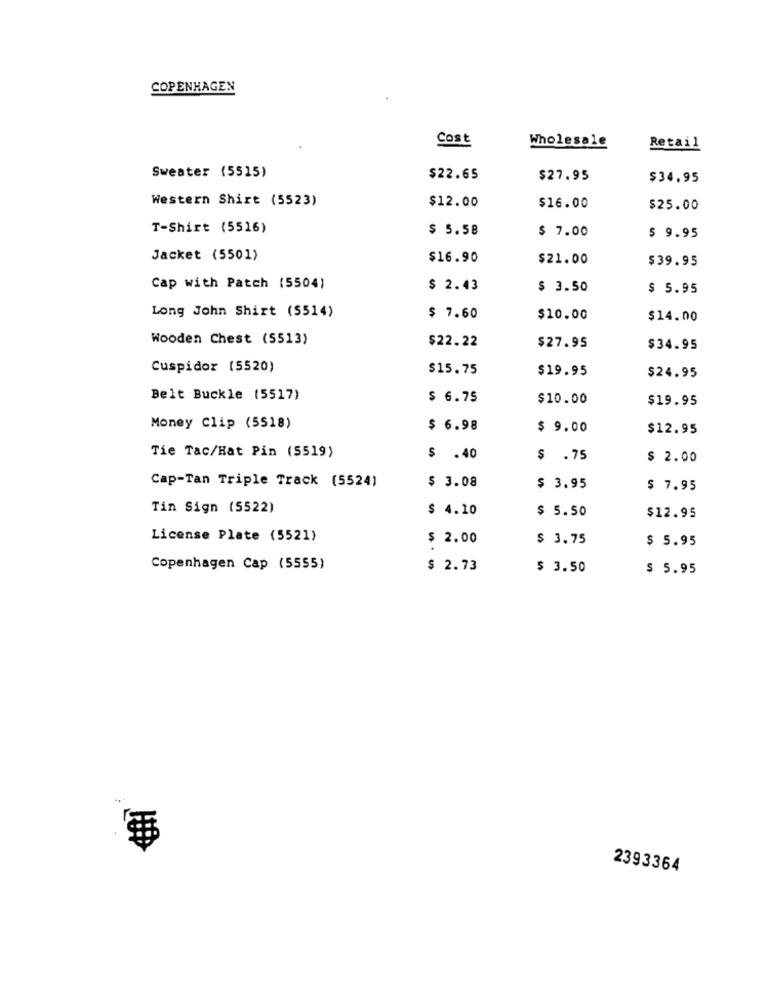
COPENHAGEN
Cost
Wholesale
Retail
Sweater (5515)
$22.65
$27.95
$34,95
Western Shirt (5523)
$12.00
$16.00
$25.00
T-Shirt (5516)
$ 5.58
$ 7.00
$ 9.95
Jacket (5501)
$16.90
$21.00
$39.95
Cap with Patch (5504)
$ 2.43
$ 3.50
$ 5.95
Long John Shirt (5514)
$ 7.60
$10.00
$14.00
Wooden Chest (5513)
$22.22
$27.95
$34.95
Cuspidor (5520)
$15.75
$19.95
$24.95
Belt Buckle (5517)
$ 6.75
$10.00
$19.95
Money Clip (5518)
$ 6.98
$ 9.00
$12.95
Tie Tac/Hat Pin (5519)
$ .40
$ .75
$ 2.00
Cap-Tan Triple Track (5524)
$ 3.08
$ 3.95
$ 7.95
Tin Sign (5522)
$ 4.10
$ 5.50
$12.95
License Plate (5521)
$ 2.00
$ 3.75
$ 5.95
Copenhagen Cap (5555)
$ 2.73
$ 3.50
$ 5.95
2393364